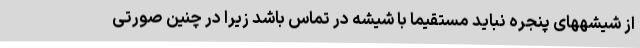
از شیشههای پنجره نباید مستقیما با شیشه در تماس باشد زیرا در چنین صورتی